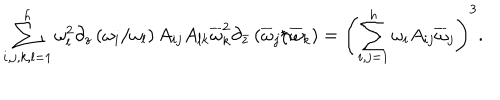
{ \sum _ { i , j , k , l = 1 } ^ { h } \omega _ { l } ^ { 2 } \partial _ { z } \left( { \omega _ { i } / \omega _ { l } } \right) A _ { i j } A _ { l k } \overline { { \omega } } _ { k } ^ { 2 } \partial _ { \bar { z } } \left( { \overline { { \omega } } _ { j } / \overline { { \omega } } _ { k } } \right) } = \left( \sum _ { i , j = 1 } ^ { h } \omega _ { i } A _ { i j } \overline { { \omega } } _ { j } \right) ^ { 3 } .